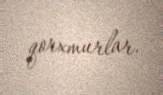
qorxmurlar.